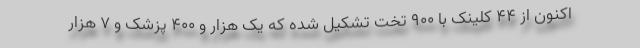
اکنون از ۴۴ کلینک با ۹۰۰ تخت تشکیل شده که یک هزار و ۴۰۰ پزشک و ۷ هزار